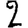
Digit: 2